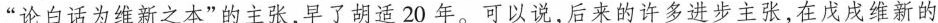
”论白话为维新之本”的主张，早了胡适20年。可以说，后来的许多进步主张，在戊戌维新的